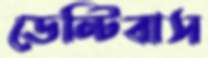
ডেন্টিবাস